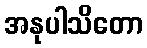
အနုပါသိတော